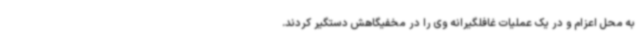
به محل اعزام و در یک عملیات غافلگیرانه وی را در مخفیگاهش دستگیر کردند.